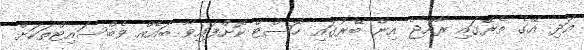
އަދި އޭގެ ތެރޭގައި ރާއްޖެ އިން ބޭރުގައި ހޮސްޓް ކޮށްފައިވާ ބައެއް ވެބްސައިޓްތަކަށް